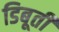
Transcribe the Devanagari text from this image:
डिबूती